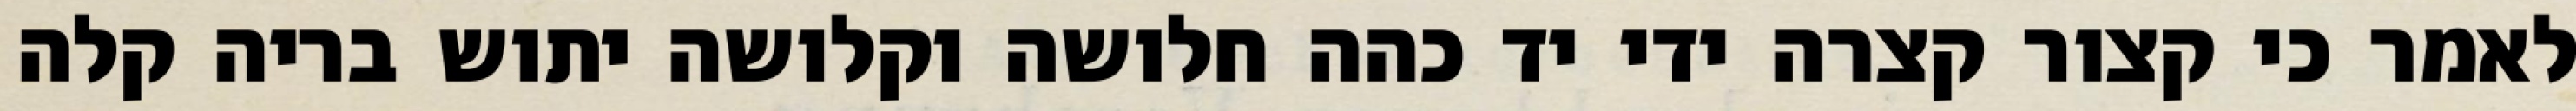
לאמר כי קצור קצרה ידי יד כהה חלושה וקלושה יתוש בריה קלה